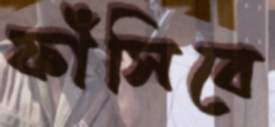
ফাঁসিবে